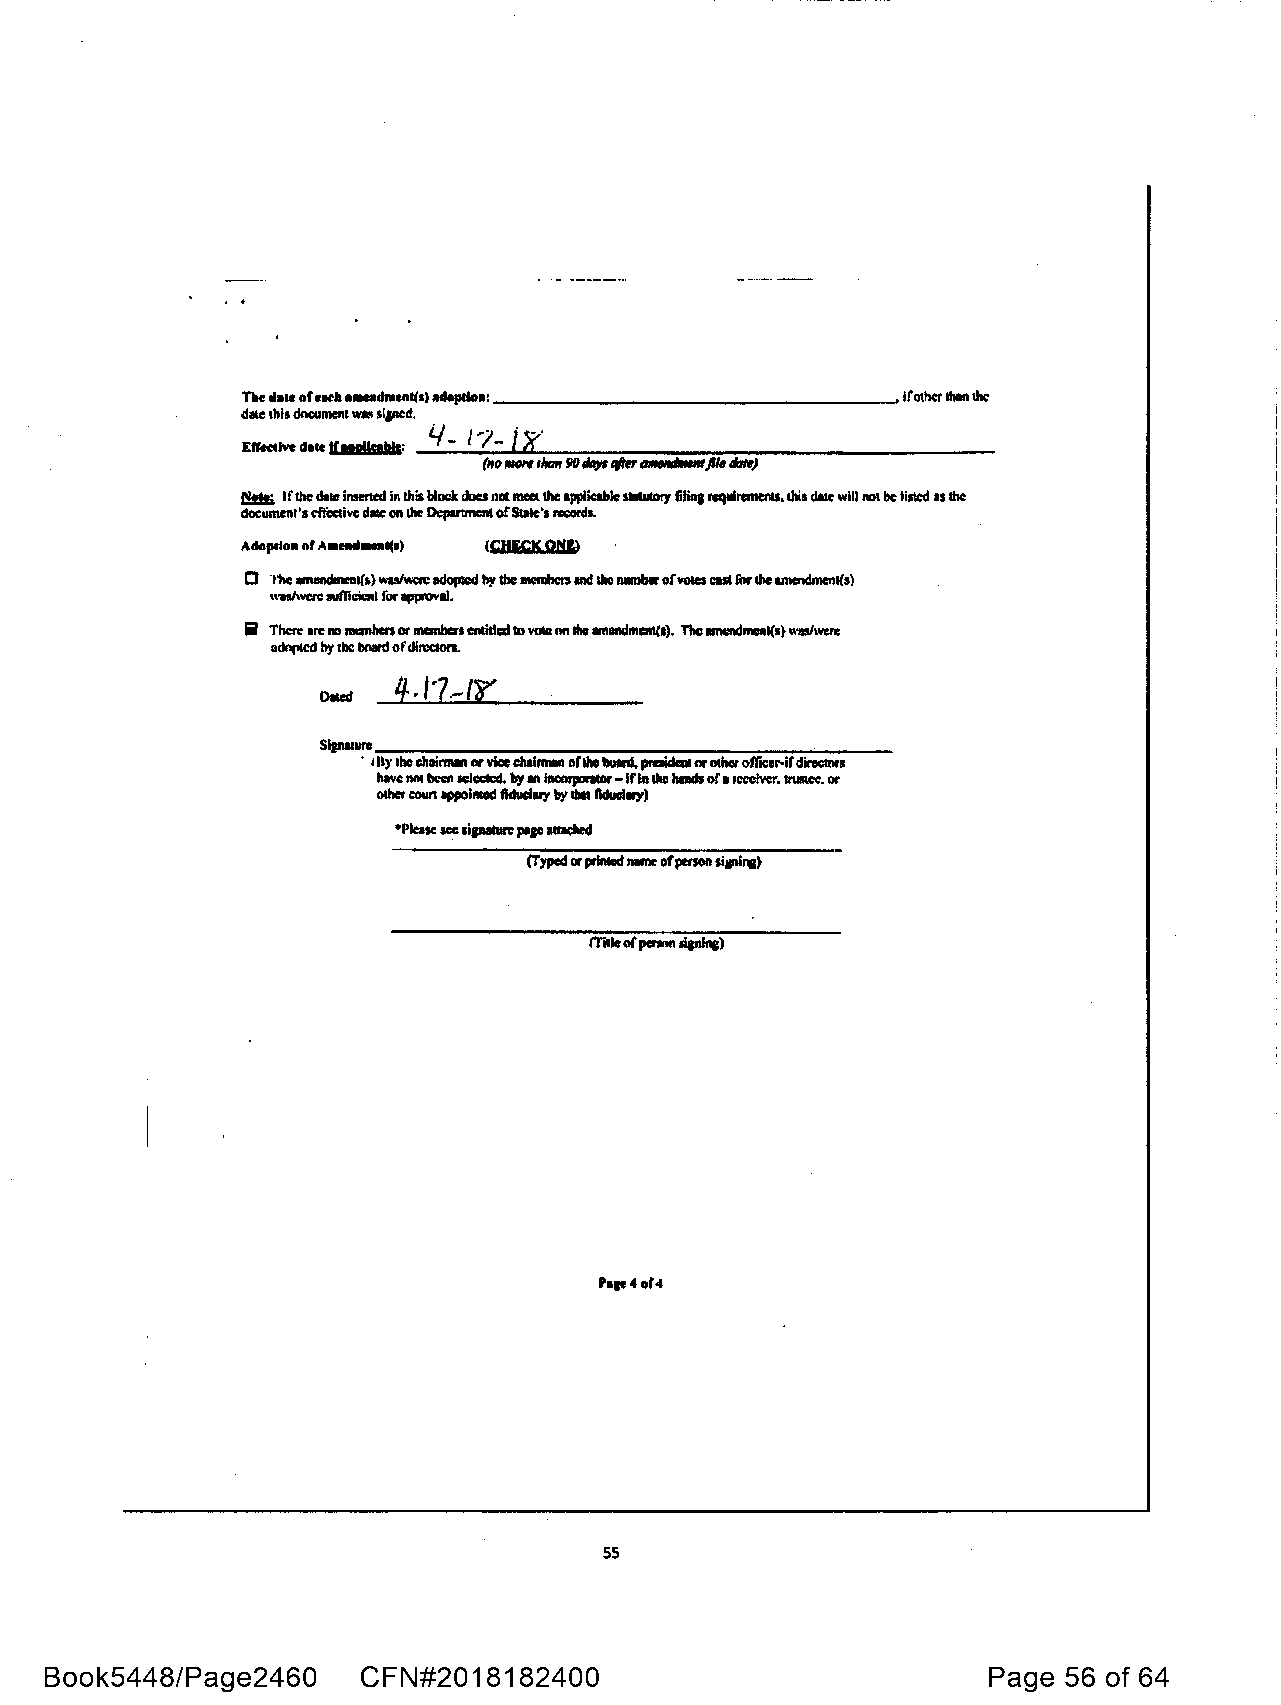
,-_ date ofeath •-dment(sl •dopdea: ___________________, Irother 1h111111~
 dale this dncument we,,, 5iptcd.
 d••
 Effec«lve KIRPlkolds:
 -. If the date inserted in this blodt clou nat - Ille applical,lc SlalulOry filiaa icqulrcmenlS. lltis dale will not be listed as lhc
 document's ~lm:livc dllle on U.r Department ofS1alc's NCOl'ds.
 Adoprlo■ nf A•l■II--C1) (QIICKQN&)
 0 The amendment(,) wu/wm: adoplod by Ille mclllhm and Iha number ofvoies CISI lb, die amcndmenl(s)
 "uhw:n: lllfficil:l,I for llfllllO"DI.
 ii There ■IT no -hersor mcmbcn enddlll ID Voll: nn Ille amendm••>· Tbe mncndmenl(1} \\'Ss/wai:
 odnf,lal hy the bnard ofdlrce1011.
 SiJ,wurc _______________________
 ' Ill)' tho chllit111111 or vbchal,-i orlho lloNd, praidaal or othe •r -oifvt"eicrc.r -ir dinc:tnrs
 h■vc llftt hc:cll IClec:IIXI. by• hlcoJparllar-If in 111c hinds of. lrusu:c. or
 other cow, ■ppolllMld tlducluy by 11111 llducilll')
 (Typed or prlnCcd - ofperson sianlna)
 m,i.
 orpcnnn ,ignlna)
 55
 Book5448/Page2460    CFN#2018182400                           Page 56 of 64